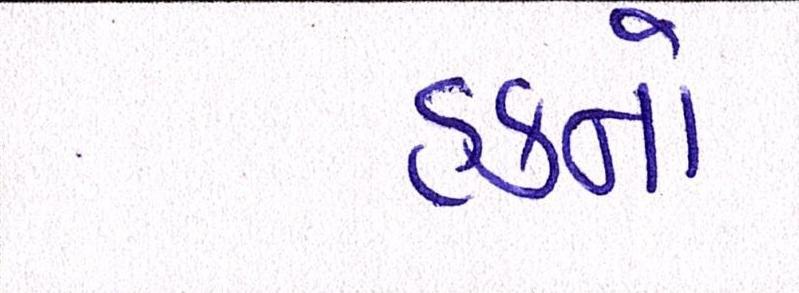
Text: હકનો